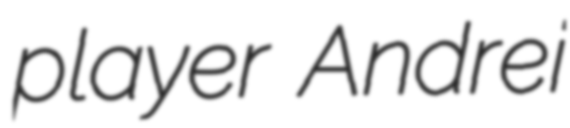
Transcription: player Andrei